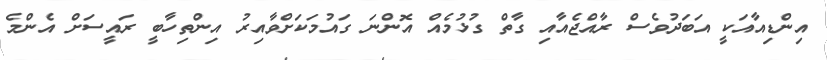
އިންޑިއާއަކީ އަބަދުވެސް ރާއްޖެއާއި ގާތް ގުޅުމެއް އޮންނަ ގައުމަކަށްވާއިރު އިންތިހާބީ ރައީސަށް އެންމެ